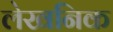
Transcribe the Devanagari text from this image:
लेखनिक